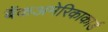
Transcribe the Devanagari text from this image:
बैंकअमेरिकाकार्ड